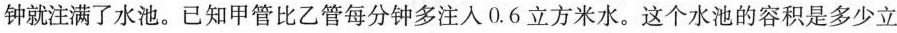
钟就注满了水池。已知甲管比乙管每分钟多注入0.6立方米水。这个水池的容积是多少立